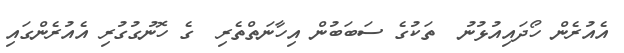
އެއުރެން ހޯދައިއުޅުނު  ތަކުގެ ސަބަބުން އިހާނަތްތެރި  ގެ ހޮނުގުގުރި އެއުރެންގައި